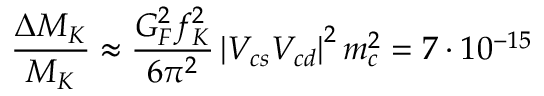
\frac { \Delta M _ { K } } { M _ { K } } \approx \frac { G _ { F } ^ { 2 } f _ { K } ^ { 2 } } { 6 \pi ^ { 2 } } \left| V _ { c s } V _ { c d } \right| ^ { 2 } m _ { c } ^ { 2 } = 7 \cdot 1 0 ^ { - 1 5 } \nonumber